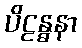
ပိဠန္ဓနာ